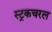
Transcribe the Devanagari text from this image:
स्ट्रकचरल